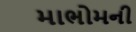
માભોમની